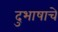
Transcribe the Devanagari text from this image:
दुभाषाचे